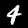
Label: 4